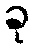
ခု